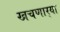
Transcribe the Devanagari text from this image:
खचणार्‍या